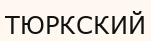
ТЮРКСКИЙ